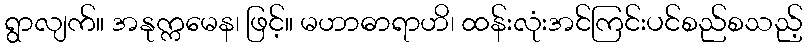
ရွာလျက်။ အနုက္ကမေန၊ ဖြင့်။ မဟာဓာရာဟိ၊ ထန်းလုံးအင်ကြင်းပင်စည်စသည့်